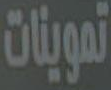
تموينات